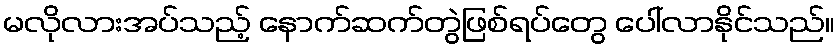
မလိုလားအပ်သည့် နောက်ဆက်တွဲဖြစ်ရပ်တွေ ပေါ်လာနိုင်သည်။